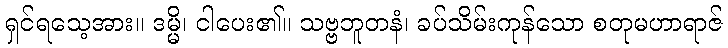
ရှင်ရသေ့အား။ ဒမ္မိ၊ ငါပေး၏။ သဗ္ဗဘူတနံ၊ ခပ်သိမ်းကုန်သော စတုမဟာရာဇ်